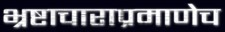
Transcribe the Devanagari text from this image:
भ्रष्टाचाराप्रमाणेच